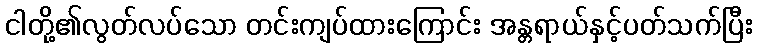
ငါတို့၏လွတ်လပ်သော တင်းကျပ်ထားကြောင်း အန္တရာယ်နှင့်ပတ်သက်ပြီး